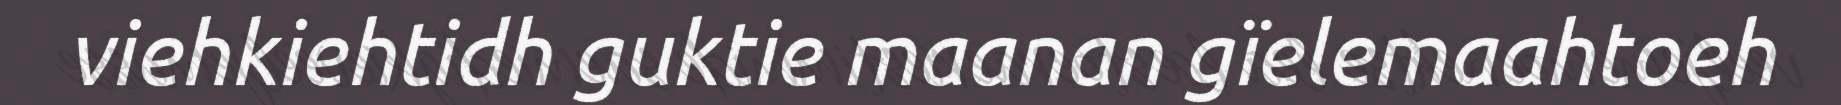
viehkiehtidh guktie maanan gïelemaahtoeh